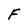
Character: F